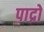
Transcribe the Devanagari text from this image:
पाद्रो